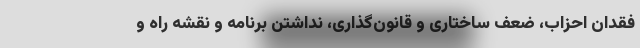
فقدان احزاب، ضعف ساختاری و قانون‌گذاری، نداشتن برنامه و نقشه راه و